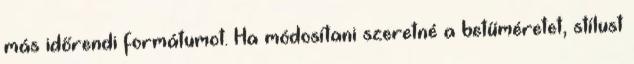
más időrendi formátumot. Ha módosítani szeretné a betűméretet, stílust